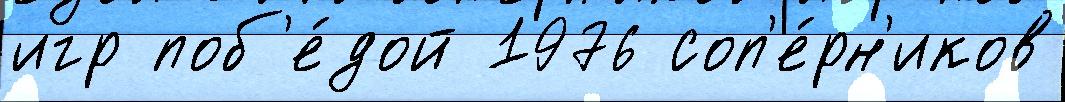
игр поб'е́дой 1976 соп'е́рн'иков